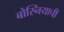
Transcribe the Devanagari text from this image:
बोस्नियाची